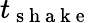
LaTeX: t_{\mathrm{~s~h~a~k~e~}}